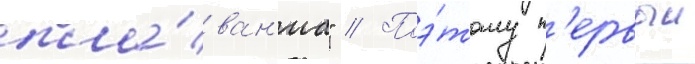
пла́ван'иа" // Поэ́тому п'ервыи